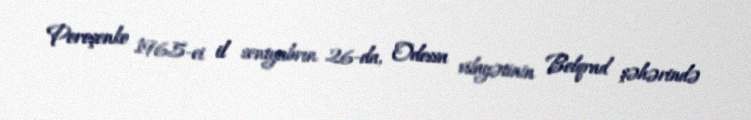
Poroşenko 1965-ci il sentyabrın 26-da, Odessa vilayətinin Bolqrad şəhərində